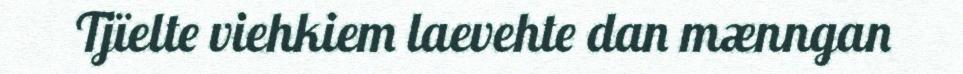
Tjïelte viehkiem laevehte dan mænngan